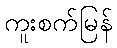
ကူးစက်မြန်